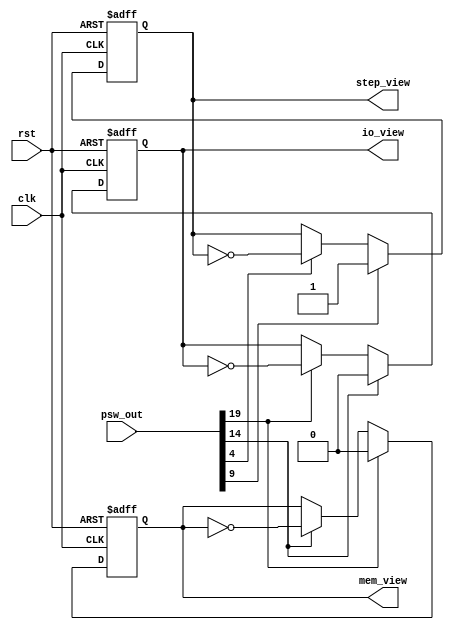
module mode_control(
	clk, rst, psw_out, step_view, mem_view, io_view );
	
	input  clk, rst;
	input  [19:0] psw_out;
	output step_view, mem_view, io_view;
	reg    step_view, mem_view, io_view;
	
	always@( posedge clk or negedge rst ) begin
		if( rst == 1'b0 ) begin
			step_view <= 1'b0;
		end else if( psw_out[9] == 1'b1 ) begin
			step_view <= 1'b1;
		end else if( psw_out[4] == 1'b1 ) begin
			step_view <= ~step_view;
		end
	end
	
	always@( posedge clk or negedge rst ) begin
		if( rst == 1'b0 ) begin
			mem_view <= 1'b0;
		end else if( psw_out[19] == 1'b1 ) begin
			mem_view <= 1'b0;
		end else if( psw_out[14] == 1'b1 ) begin
			mem_view <= ~mem_view;
		end
	end
	always@( posedge clk or negedge rst ) begin
		if( rst == 1'b0 ) begin
			io_view <= 1'b0;
		end else if( psw_out[14] == 1'b1 ) begin
			io_view <= 1'b0;
		end else if( psw_out[19] == 1'b1 ) begin
			io_view <= ~io_view;
		end
	end
	
endmodule